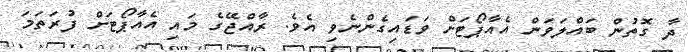
ދާ ގޮތުން ބައްލަވަން އެއާޕޯޓަށް ވަޑައިގެންނެވި އެވެ. ރާއްޖޭގެ މައި އެއާޕޯޓަށް ފުރަތަމަ